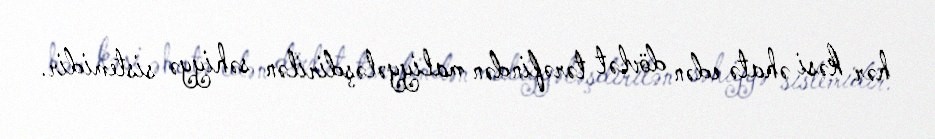
hər kəsi əhatə edən dövlət tərəfindən maliyyələşdirilən səhiyyə sistemidir.